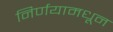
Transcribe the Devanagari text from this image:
निर्णयामधून